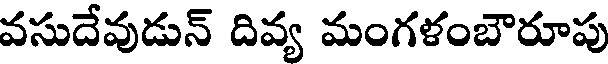
వసుదేవుడున్ దివ్య మంగళంబౌరూపు